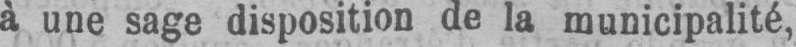
â une sage disposition de la municipalité,